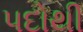
પદોથી